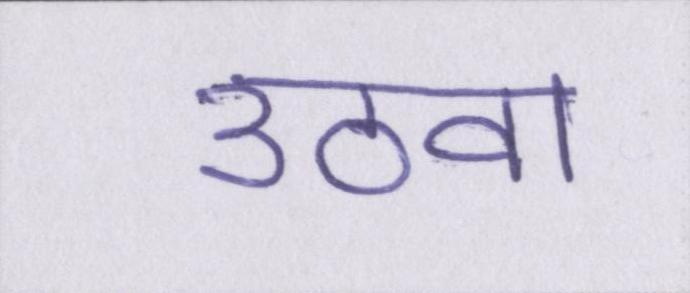
उठवा